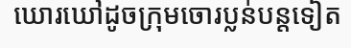
ឃោរឃៅដូចក្រុមចោរប្លន់បន្តទៀត